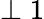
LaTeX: \perp 1